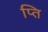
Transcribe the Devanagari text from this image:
प्ति